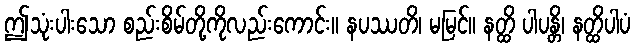
ဤသုံးပါးသော စည်းစိမ်တို့ကိုလည်းကောင်း။ နပဿတိ၊ မမြင်။ နတ္ထိ ပါပန္တိ၊ နတ္ထိပါပံ